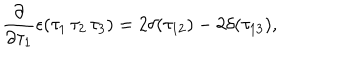
\frac { \partial } { \partial \tau _ { 1 } } \epsilon ( \tau _ { 1 } \, \tau _ { 2 } \, \tau _ { 3 } ) = 2 \delta ( \tau _ { 1 2 } ) - 2 \delta ( \tau _ { 1 3 } ) ,